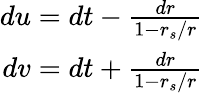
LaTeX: \begin{array}{r}{du=dt-\frac{dr}{1-r_{s}/r}}\\ {dv=dt+\frac{dr}{1-r_{s}/r}}\end{array}